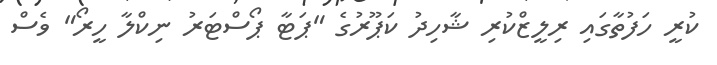
ކުރީ ހަފުތާގައި ރިލީޒްކުރި ޝާހިދު ކަޕޫރުގެ "ޕަޓާ ޕޯސްޓަރު ނިކްލާ ހީރޯ" ވެސް